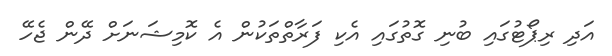
އަދި ރިޕޯޓުގައި ބުނި ގޮތުގައި އެކި ފަރާތްތަކުން އެ ކޮމިޝަނަށް ދޭން ޖެހޭ